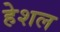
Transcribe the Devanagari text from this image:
हेशल